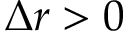
\Delta r > 0